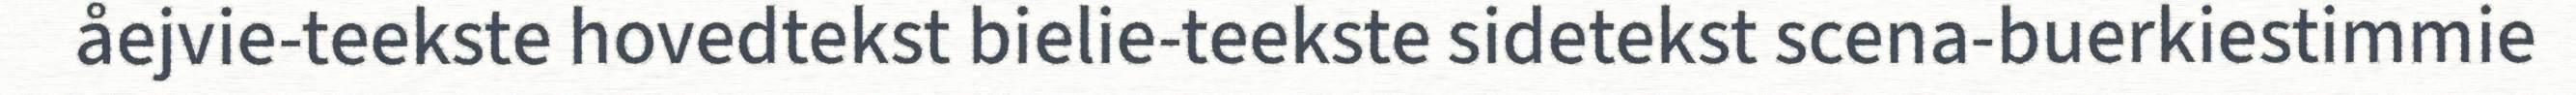
åejvie-teekste hovedtekst bielie-teekste sidetekst scena-buerkiestimmie